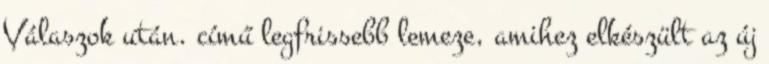
Válaszok után. című legfrissebb lemeze, amihez elkészült az új